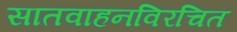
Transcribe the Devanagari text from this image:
सातवाहनविरचित